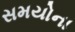
સમયોના